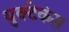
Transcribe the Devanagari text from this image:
युक्टेकंस